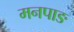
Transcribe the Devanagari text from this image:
मनपाङ